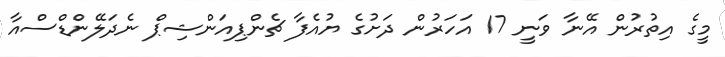
މީގެ އިތުރުން އޭނާ ވަނީ 17 އަހަރުން ދަށުގެ ޔުއެފާ ޗެންޕިއަންޝިޕް ނެދަލޭންޑްސްއާ